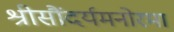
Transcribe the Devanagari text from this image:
श्रीसौंदर्यमनोरमा